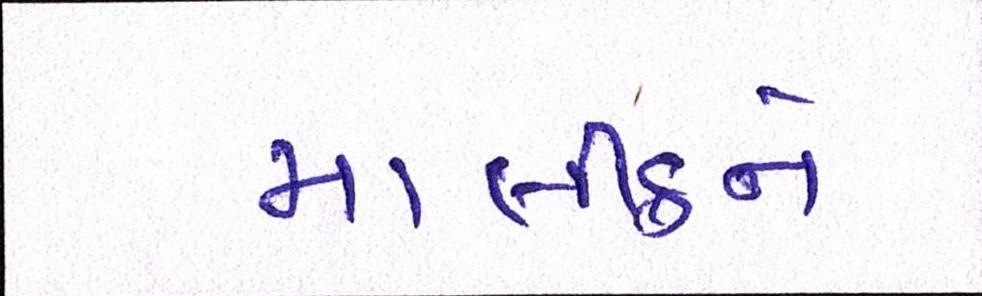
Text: માલીકને